Note on the mental hospitals in Burma - 1925-1940
Year: 1925
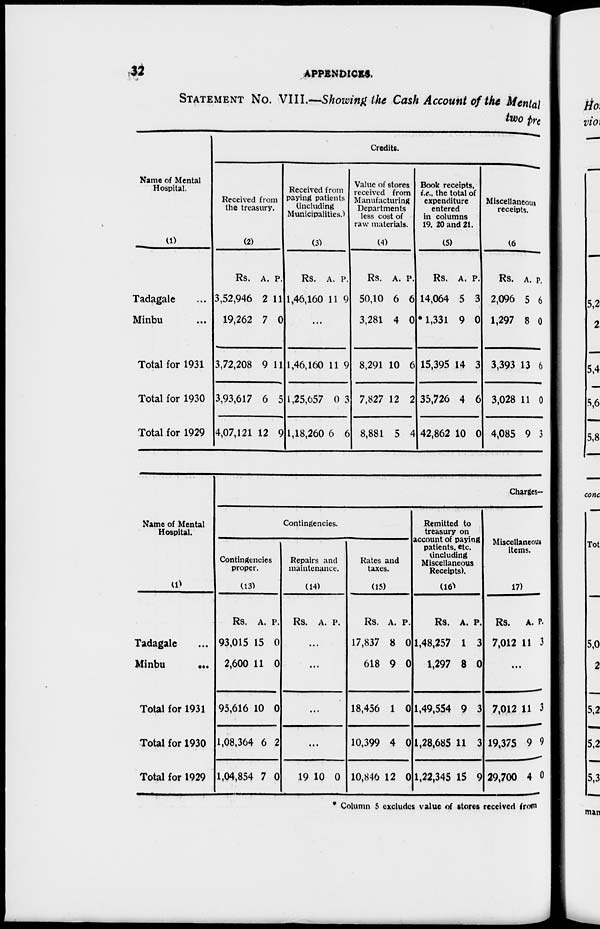
32
APPENDICES.
STATEMEN
No. VIII.—Showing the Cash Account of the Mental
two Pre
Name of Mental
Hospital.
(1)
Tadagale ...
Minbu ...
Total for 1931
Total for 1930
Total for 1929
Credits.
Received from
the treasury.
(2)
Rs.
3,52,946
19,262
3,72,208
3,93,617
4,07,121
A.
2
7
9
6
12
P.
11
0
11
5
9
Received from
paying patients
(including
Municipalities.)
(3)
Rs.
1,46,160
A
11
P.
9
1,46,160
1,25,657
1,18,260
11
0
6
9
3
6
Value of stores
received from
Manufacturing
Departments
less cost of
raw materials.
(4)
Rs.
50,10
3,281
8,291
7,827
8,881
A
6
4
10
12
5
P.
6
0
6
2
4
Book receipts,
i.e., the total of
expenditure
entered
in columns
19, 20 and 21.
(5)
Rs.
14,064
*1,331
15,395
35,726
42,862
A.
5
9
14
4
10
P.
3
0
3
6
0
Miscellaneous
receipts.
(6)
Rs.
2,096
1,297
3,393
3,028
4,085
A.
5
8
13
11
9
P.
6
0
6
0
3
Name of Mental
Hospital.
(1)
Tadagale ...
Minbu
...
Total for 1931
Total for 1930
Total for 1929
Charges-
Contingencies.
Contingencies
proper.
(13)
Rs.
93,015
2,600
95,616
1,08,364
1,04,854
A.
15
11
10
6
7
P.
0
0
0
2
0
Repairs and
maintenance.
(14)
Rs. A. P.
...
...
...
...
19 10 0
Rates and
taxes.
(15)
Rs.
17,837
618
18,456
10,399
10,846
A.
8
9
1
4
12
P.
0
0
0
0
0
Remitted to
treasury on
account of paying
patients, etc.
(Including
Miscellaneous
Receipts).
(16)
Rs.
1,48,257
1,297
1,49,554
1,28,685
1,22,345
A.
1
8
9
11
15
P.
3
0
3
3
9
Miscellaneous
items.
(17)
Rs.
7,012
A.
11
P.
3
...
7,012
19,375
29,700
11
9
4
3
9
0
* Column 5 excludes value of stores received from